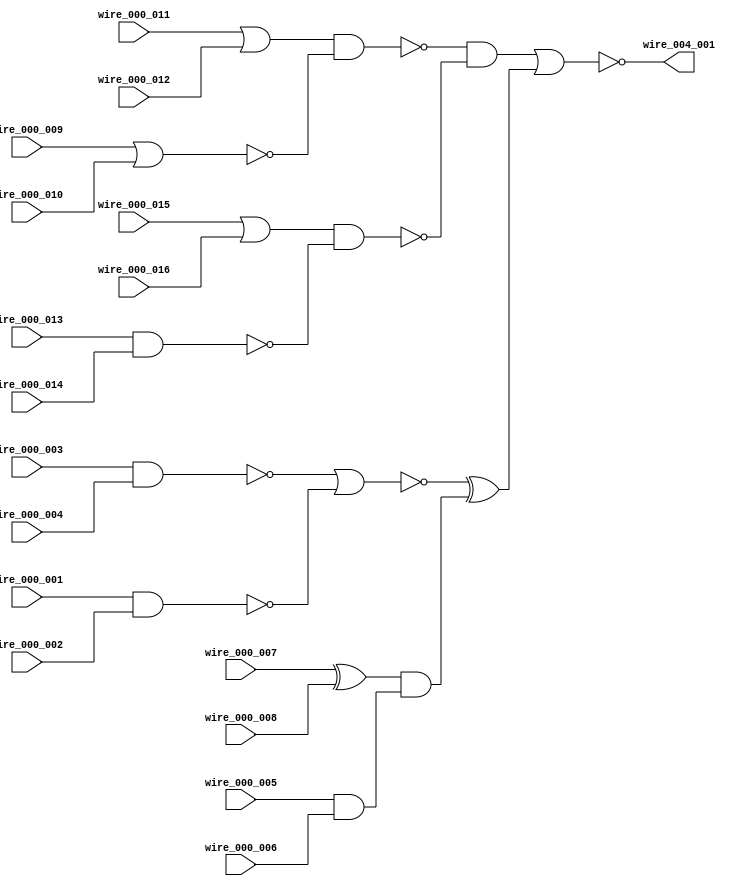
// veri-combi.pl 4 
// $Id: veri-combi.pl,v 1.7 2015-07-11 12:01:22 a Exp $ 

module combi( wire_004_001 /* one output */,
 wire_000_001, wire_000_002, wire_000_003, wire_000_004,
 wire_000_005, wire_000_006, wire_000_007, wire_000_008,
 wire_000_009, wire_000_010, wire_000_011, wire_000_012,
 wire_000_013, wire_000_014, wire_000_015, wire_000_016
);

output wire_004_001 /* one output */;
input
 wire_000_001, wire_000_002, wire_000_003, wire_000_004,
 wire_000_005, wire_000_006, wire_000_007, wire_000_008,
 wire_000_009, wire_000_010, wire_000_011, wire_000_012,
 wire_000_013, wire_000_014, wire_000_015, wire_000_016;


/* stage 003 */
     nor gate_003_001 ( wire_004_001, wire_003_001, wire_003_002 );

/* stage 002 */
     xor gate_002_001 ( wire_003_002, wire_002_001, wire_002_002 );
     and gate_002_002 ( wire_003_001, wire_002_003, wire_002_004 );

/* stage 001 */
    nand gate_001_001 ( wire_002_004, wire_001_001, wire_001_002 );
    nand gate_001_002 ( wire_002_003, wire_001_003, wire_001_004 );
     and gate_001_003 ( wire_002_002, wire_001_005, wire_001_006 );
     nor gate_001_004 ( wire_002_001, wire_001_007, wire_001_008 );

/* stage 000 */
    nand gate_000_001 ( wire_001_008, wire_000_001, wire_000_002 );
    nand gate_000_002 ( wire_001_007, wire_000_003, wire_000_004 );
     and gate_000_003 ( wire_001_006, wire_000_005, wire_000_006 );
     xor gate_000_004 ( wire_001_005, wire_000_007, wire_000_008 );
     nor gate_000_005 ( wire_001_004, wire_000_009, wire_000_010 );
      or gate_000_006 ( wire_001_003, wire_000_011, wire_000_012 );
    nand gate_000_007 ( wire_001_002, wire_000_013, wire_000_014 );
      or gate_000_008 ( wire_001_001, wire_000_015, wire_000_016 );

endmodule